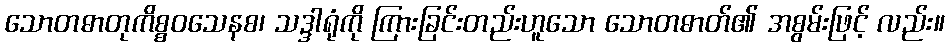
သောတဓာတုကိစ္စဝသေနစ၊ သဒ္ဒါရုံကို ကြားခြင်းတည်းဟူသော သောတဓာတ်၏ အစွမ်းဖြင့် လည်း။